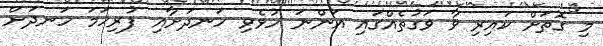
މި ގޮތަށް ކައިރި ވާ ވަގުތެއްގައި އަންނަ ހުޅެވި ހަނދަށާއި ފުރިހަމަ ހަނދަށް